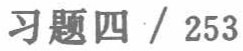
习题四 / 253